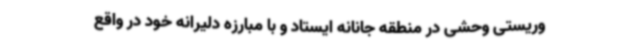
وریستی وحشی در منطقه جانانه ایستاد و با مبارزه دلیرانه خود در واقع